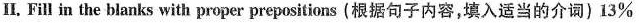
II. Fill in the blanks with proper prepositions (根据句子内容,填入适当的介词)13%